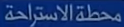
محطةالاستراحة